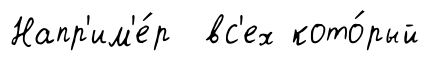
Напр'им'е́р вс'ех кото́рый